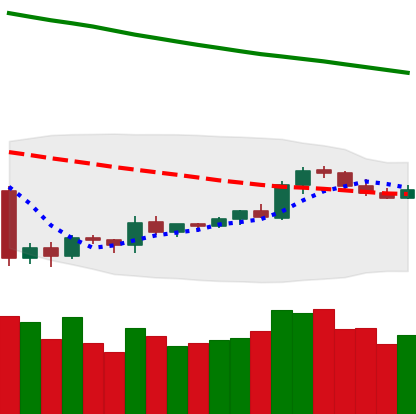
Ticker: TRX-USD
Chart end date: 2019-10-13
Forward return: -4.468%
Label: down_3_5